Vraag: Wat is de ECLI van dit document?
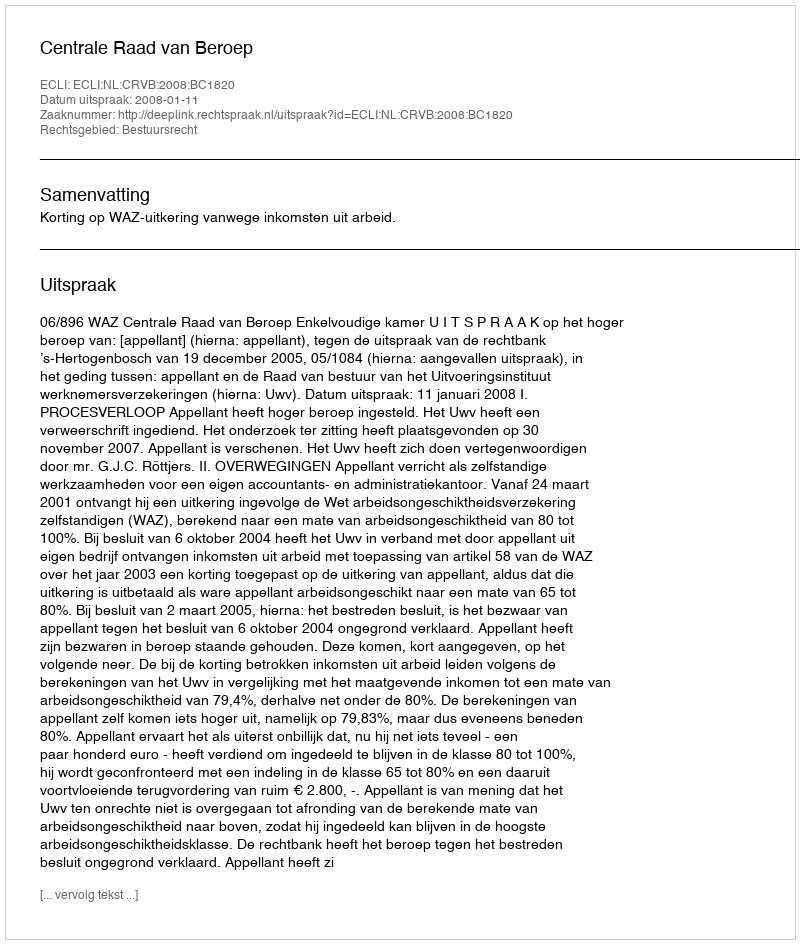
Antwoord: ECLI:NL:CRVB:2008:BC1820